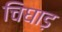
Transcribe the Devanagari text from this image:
चिघाड़